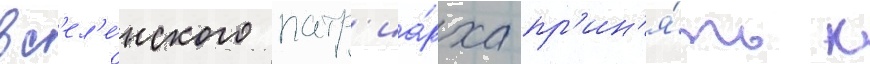
вс'ел'е́нского патр'иа́рха пр'ин'я́ть к